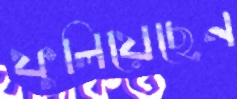
ফুলিয়েছেন